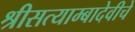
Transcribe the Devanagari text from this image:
श्रीसत्याम्बादेवीचे